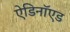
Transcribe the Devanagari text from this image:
ऐडिनॉएड